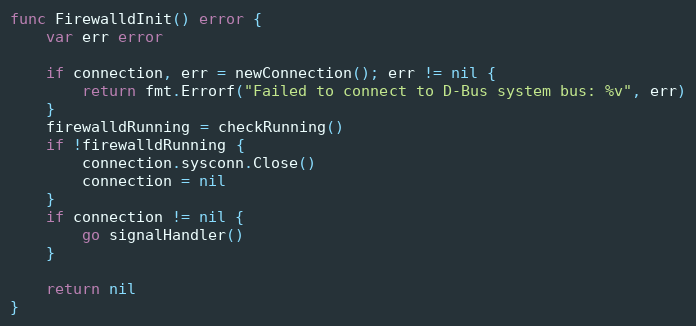
Language: Go
func FirewalldInit() error {
	var err error

	if connection, err = newConnection(); err != nil {
		return fmt.Errorf("Failed to connect to D-Bus system bus: %v", err)
	}
	firewalldRunning = checkRunning()
	if !firewalldRunning {
		connection.sysconn.Close()
		connection = nil
	}
	if connection != nil {
		go signalHandler()
	}

	return nil
}